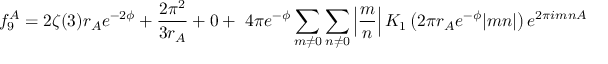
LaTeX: f _ { 9 } ^ { A } = 2 \zeta ( 3 ) r _ { A } e ^ { - 2 \phi } + \frac { 2 \pi ^ { 2 } } { 3 r _ { A } } + 0 + ~ 4 \pi e ^ { - \phi } \sum _ { m \ne 0 } \sum _ { n \ne 0 } \left| \frac { m } { n } \right| K _ { 1 } \left( 2 \pi r _ { A } e ^ { - \phi } | m n | \right) e ^ { 2 \pi i m n { \cal A } }